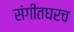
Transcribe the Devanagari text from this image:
संगीतघरच